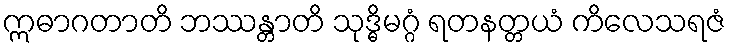
ဣဓာဂတာတိ ဘဿန္တာတိ သုဒ္ဓိမဂ္ဂံ ရတနတ္တယံ ကိလေသရဇံ